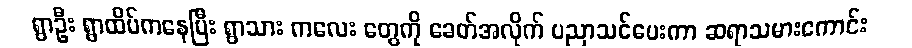
ရွာဦး ရွာထိပ်ကနေပြီး ရွာသား ကလေး တွေကို ခေတ်အလိုက် ပညာသင်ပေးကာ ဆရာသမားကောင်း